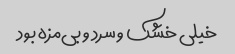
خیلی خشک و سرد و بی‌مزه بود